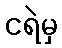
ငရဲမှ